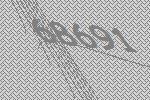
68691